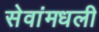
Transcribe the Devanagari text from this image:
सेवांमधली